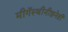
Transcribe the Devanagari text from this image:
मीगॅस्थीनीझनेही